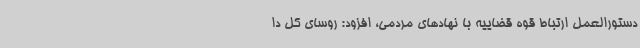
دستورالعمل ارتباط قوه قضاییه با نهادهای مردمی، افزود: روسای کل دا